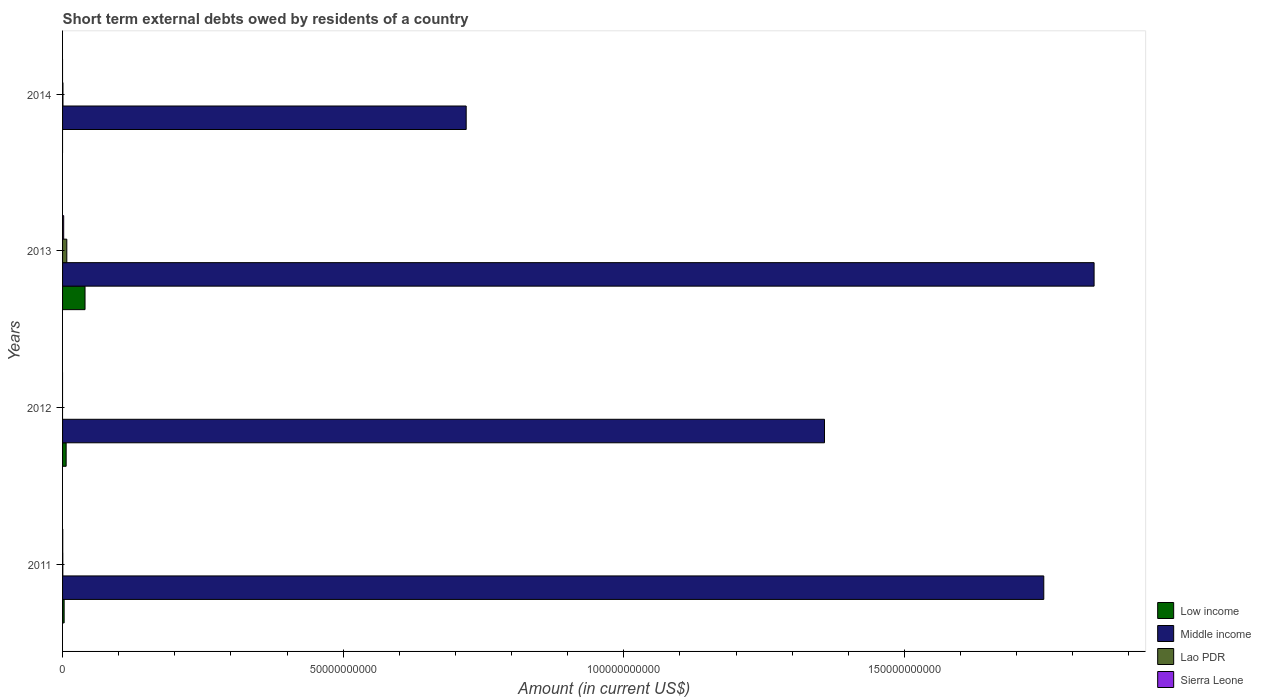
| Years | Low income | Middle income | Lao PDR | Sierra Leone |
 | --- | --- | --- | --- | --- |
 | 2011 | 2.81e+08 | 1.75e+11 | 4.4e+07 | 3.1e+07 |
 | 2012 | 6.38e+08 | 1.36e+11 | -1.5e+07 | -2.1e+07 |
 | 2013 | 4e+09 | 1.84e+11 | 7.56e+08 | 2e+08 |
 | 2014 | -2.72e+08 | 7.19e+10 | 6.8e+07 | -1.9e+08 |